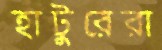
হাটুরেরা